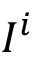
I ^ { i }